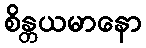
စိန္တယမာနော